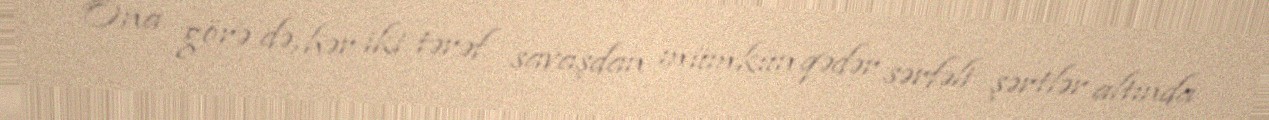
Ona görə də, hər iki tərəf savaşdan mümkün qədər sərfəli şərtlər altında